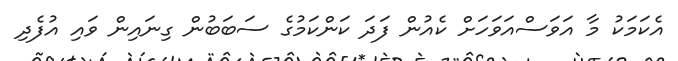
އެކަމަކު މާ އަވަސްއަވަހަށް ކެއުން ފަދަ ކަންކަމުގެ ސަބަބުން ގިނައިން ވައި އުފެދި